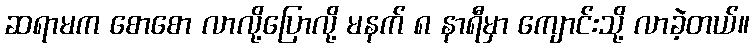
ဆရာမက စောစော လာလို့ပြောလို့ မနက် ၈ နာရီမှာ ကျောင်းသို့ လာခဲ့တယ်။